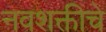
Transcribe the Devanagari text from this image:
नवशक्तीचे